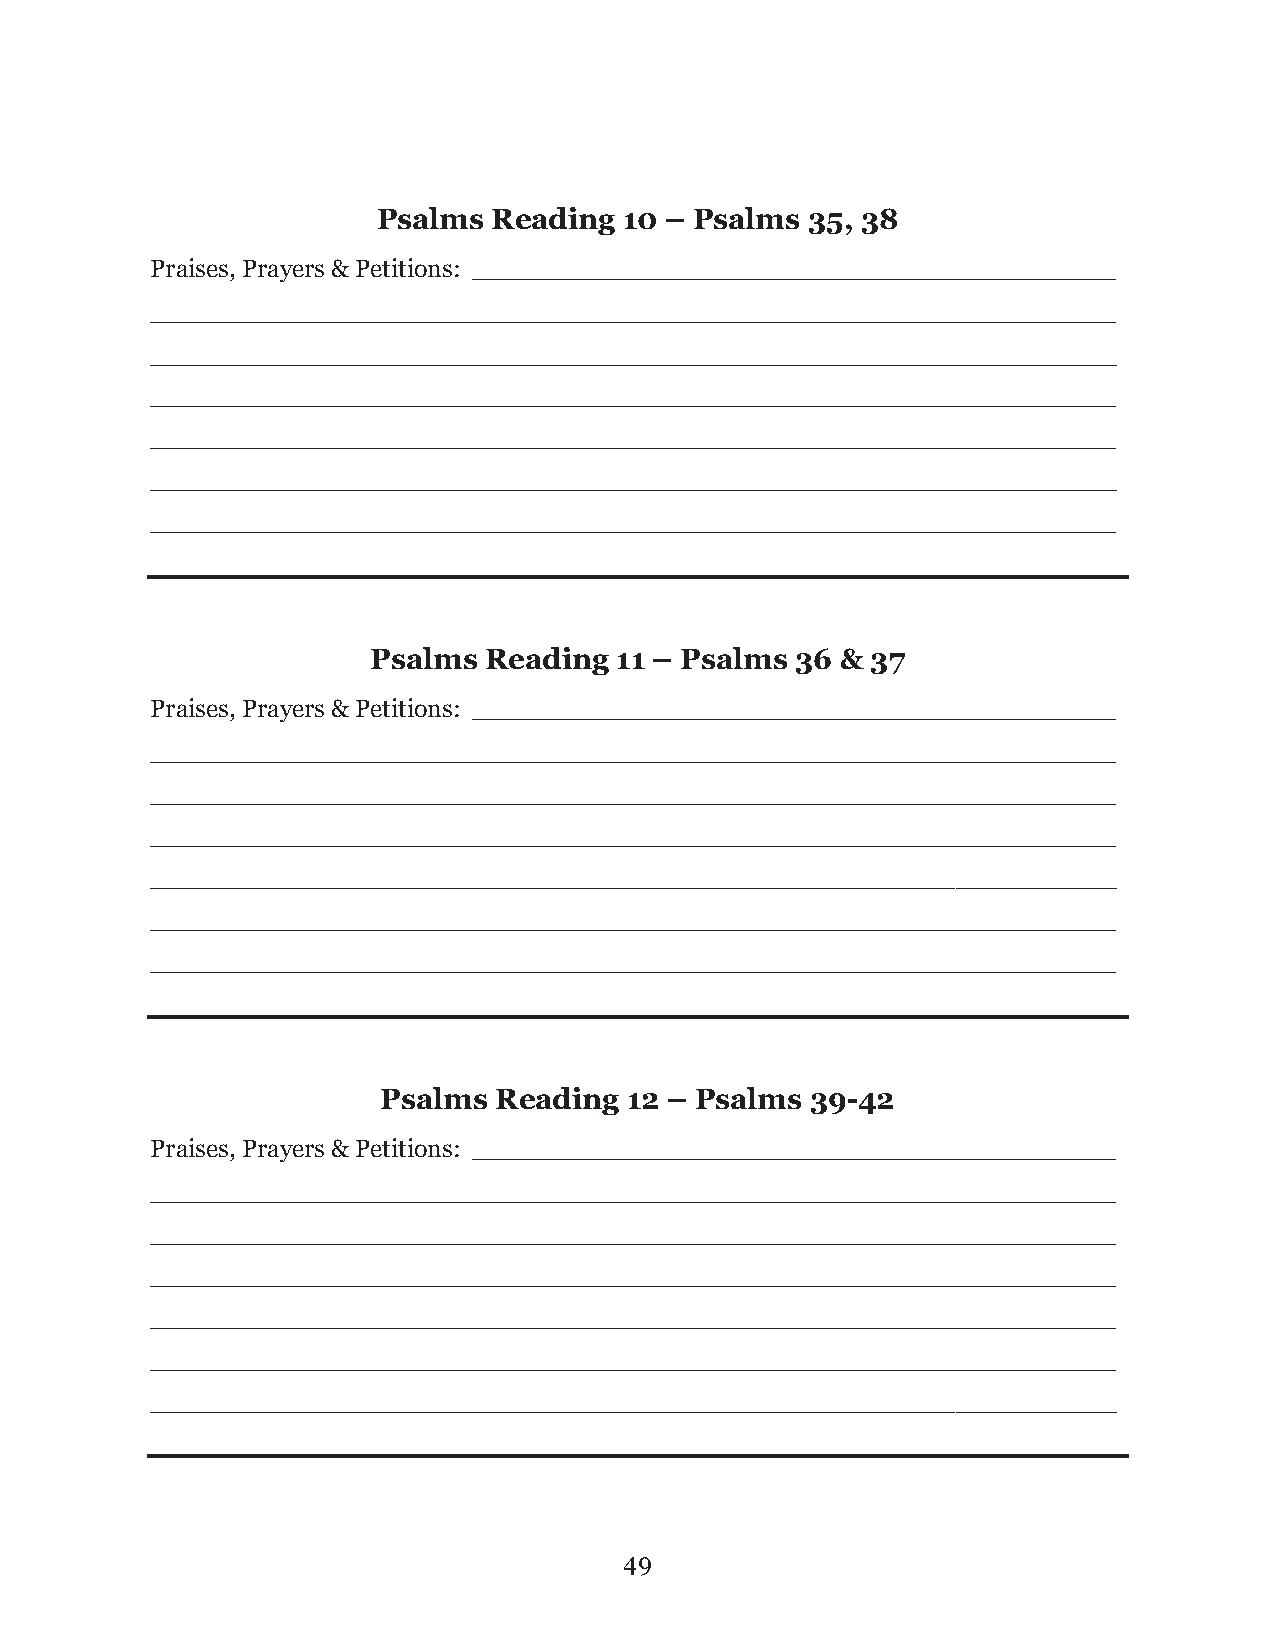
Psalms  Reading 10 – Psalms 35, 38
 Praises, Prayers & Petitions: ____________________________________________
 __________________________________________________________________
 __________________________________________________________________
 __________________________________________________________________
 __________________________________________________________________
 __________________________________________________________________
 __________________________________________________________________
 Psalms  Reading  11 – Psalms 36 & 37
 Praises, Prayers & Petitions: ____________________________________________
 __________________________________________________________________
 __________________________________________________________________
 __________________________________________________________________
 __________________________________________________________________
 __________________________________________________________________
 __________________________________________________________________
 Psalms  Reading 12 – Psalms  39-42
 Praises, Prayers & Petitions: ____________________________________________
 __________________________________________________________________
 __________________________________________________________________
 __________________________________________________________________
 __________________________________________________________________
 __________________________________________________________________
 __________________________________________________________________
 4 9